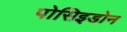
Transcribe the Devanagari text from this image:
पोसिइडोन